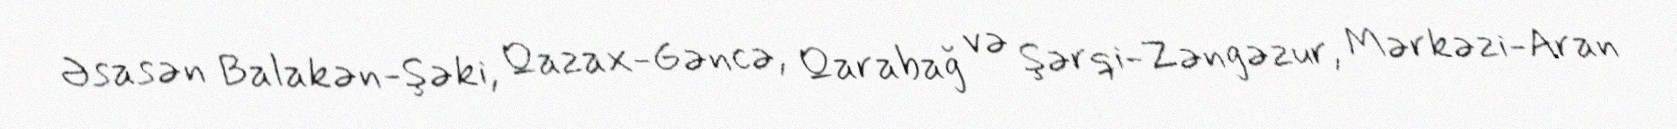
Əsasən Balakən-Şəki, Qazax-Gəncə, Qarabağ və Şərqi-Zəngəzur, Mərkəzi-Aran